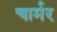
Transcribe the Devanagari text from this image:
चार्मर